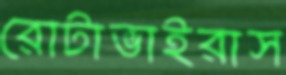
রোটাভাইরাস